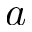
a